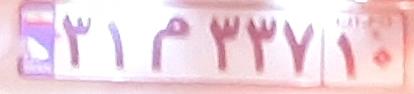
۳۱م۳۳۷۱۰